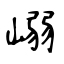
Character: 嵶